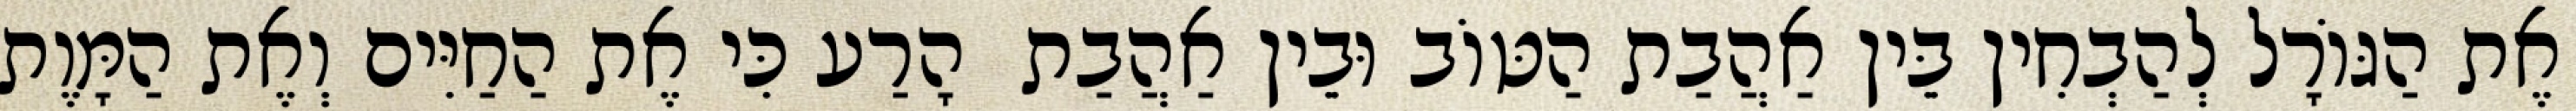
אֶת הַגּוֹרָל לְהַבְחִין בֵּין אַהֲבַת הַטּוֹב וּבֵין אַהֲבַת  הָרַע כִּי אֶת הַחַיִּים וְאֶת הַמָּוֶת